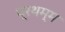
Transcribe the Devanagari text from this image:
प्रथम्म